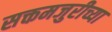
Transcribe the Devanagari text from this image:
सक्तमजुरीच्या